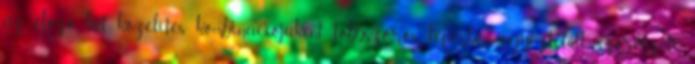
az előző két közelítés kombinációjaként többszörös lépésben egyeztetett szervezeti